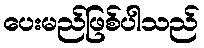
ပေးမည်ဖြစ်ပါသည်